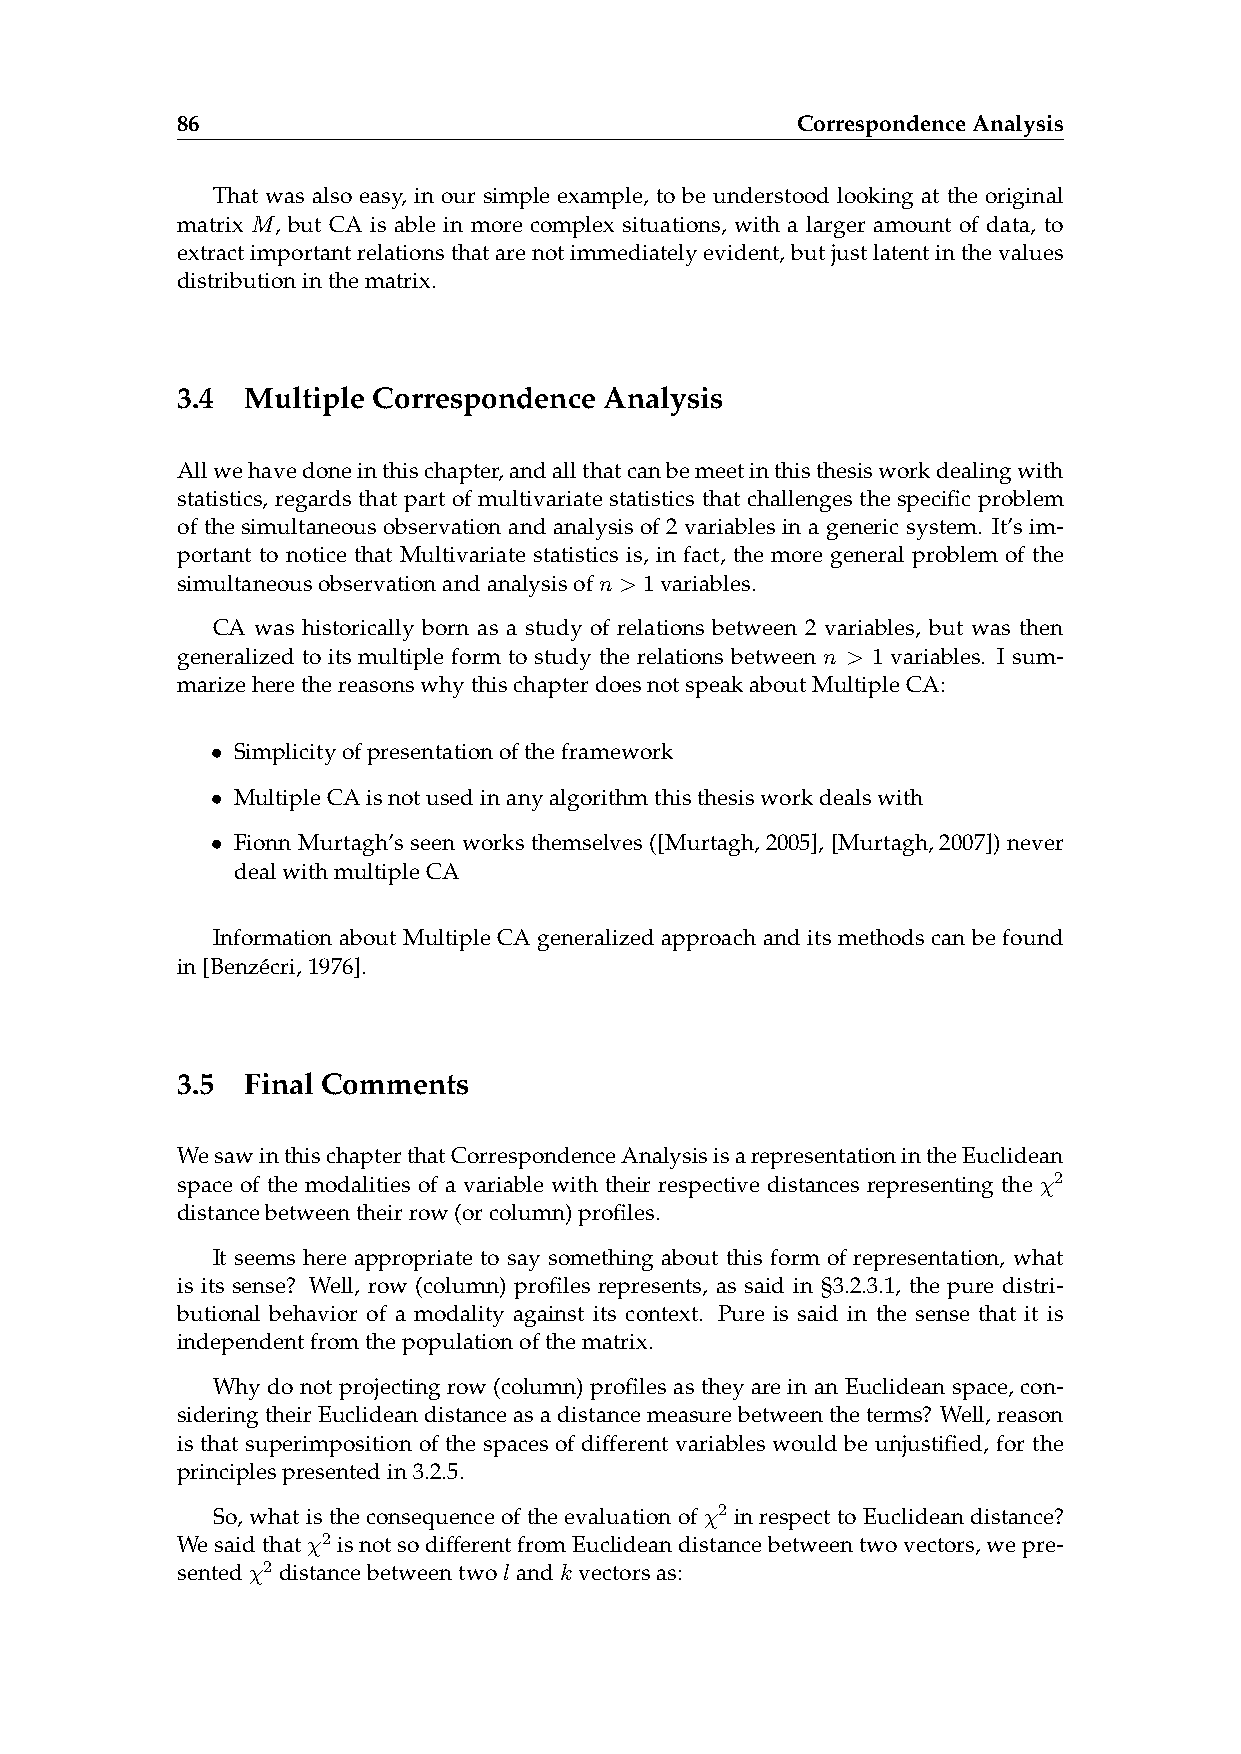
86                                       CorrespondenceAnalysis
 That was also easy, in our simple example, to be understood looking at the original
 matrix M, but CA is able in more complex situations, with a larger amount of data, to
 extractimportantrelationsthatarenotimmediatelyevident,butjustlatentinthevalues
 distributioninthematrix.
 3.4 Multiple Correspondence Analysis
 Allwehavedoneinthischapter,andallthatcanbemeetinthisthesisworkdealingwith
 statistics, regards that part of multivariate statistics that challenges the specific problem
 of the simultaneous observation and analysis of 2 variables in a generic system. It’s im-
 portant to notice that Multivariate statistics is, in fact, the more general problem of the
 simultaneousobservationandanalysisofn > 1variables.
 CA was historically born as a study of relations between 2 variables, but was then
 generalized to its multiple form to study the relations between n > 1 variables. I sum-
 marizeherethereasonswhythischapterdoesnotspeakaboutMultipleCA:
 • Simplicityofpresentationoftheframework
 • MultipleCAisnotusedinanyalgorithmthisthesisworkdealswith
 • Fionn Murtagh’s seen works themselves ([Murtagh,2005], [Murtagh,2007]) never
 dealwithmultipleCA
 Information about Multiple CA generalized approach and its methods can be found
 in[Benzécri,1976].
 3.5 Final Comments
 WesawinthischapterthatCorrespondenceAnalysisisarepresentationintheEuclidean
 space of the modalities of a variable with their respective distances representing the χ2
 distancebetweentheirrow(orcolumn)profiles.
 It seems here appropriate to say something about this form of representation, what
 is its sense? Well, row (column) profiles represents, as said in §3.2.3.1, the pure distri-
 butional behavior of a modality against its context. Pure is said in the sense that it is
 independentfromthepopulationofthematrix.
 Why do not projecting row (column) profiles as they are in an Euclidean space, con-
 sideringtheirEuclideandistanceasadistancemeasurebetweentheterms? Well,reason
 is that superimposition of the spaces of different variables would be unjustified, for the
 principlespresentedin3.2.5.
 So, what is the consequence of the evaluation of χ2 in respect to Euclidean distance?
 Wesaidthatχ2 isnotsodifferentfromEuclideandistancebetweentwovectors,wepre-
 sentedχ2 distancebetweentwolandk vectorsas: